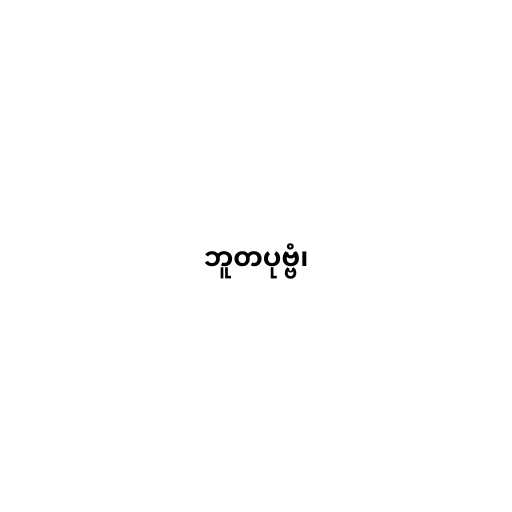
ဘူတပုဗ္ဗံ၊